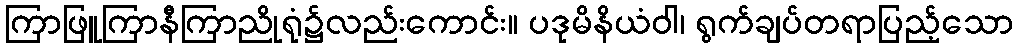
ကြာဖြူကြာနီကြာညိုရုံ၌လည်းကောင်း။ ပဒုမိနိယံဝါ၊ ရွက်ချပ်တရာပြည့်သော